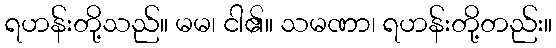
ရဟန်းတို့သည်။ မမ၊ ငါ၏။ သမဏာ၊ ရဟန်းတို့တည်း။